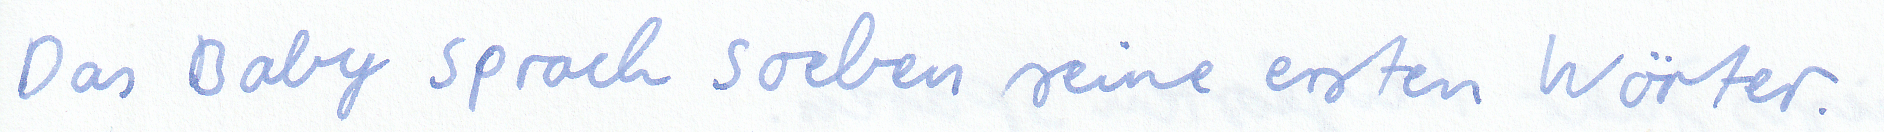
Das Baby sprach soeben seine ersten Wörter.